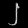
Digit: ၂